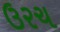
ઉરચ